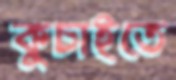
কুচাইতে